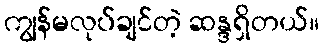
ကျွန်မလုပ်ချင်တဲ့ ဆန္ဒရှိတယ်။